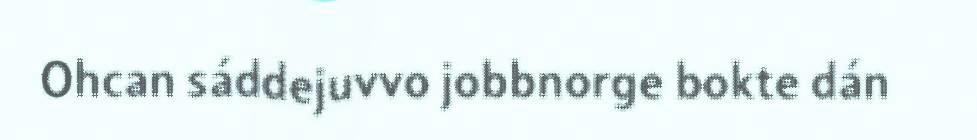
Ohcan sáddejuvvo jobbnorge bokte dán